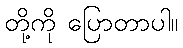
တို့ကို ပြောတာပါ။